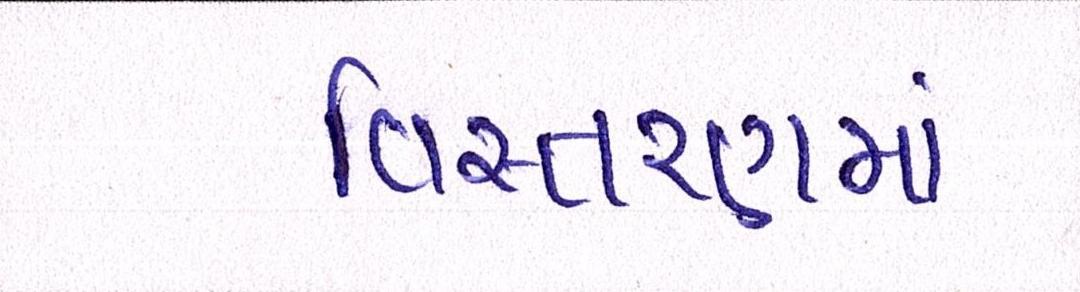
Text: વિસ્તરણમાં